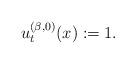
\begin{align*}u_t^{(\beta,0)}(x) :=1.\end{align*}